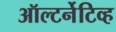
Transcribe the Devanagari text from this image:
ऑल्टर्नेटिव्ह